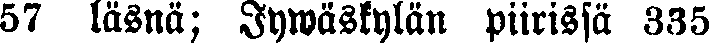
57 läsnä; Jywäskylän piirissä 335